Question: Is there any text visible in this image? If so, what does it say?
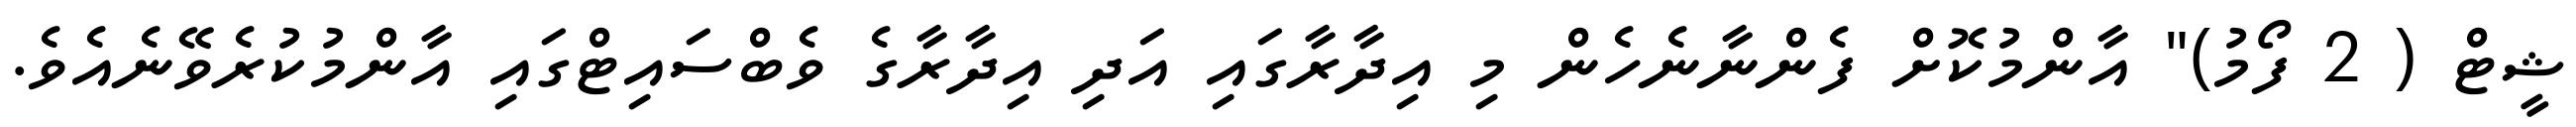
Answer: ޝީޓް ( 2 ފޯމު)" އާންމުކޮށް ފެންނާނެހެން މި އިދާރާގައި އަދި އިދާރާގެ ވެބްސައިޓްގައި އާންމުކުރެވޭނެއެވެ.